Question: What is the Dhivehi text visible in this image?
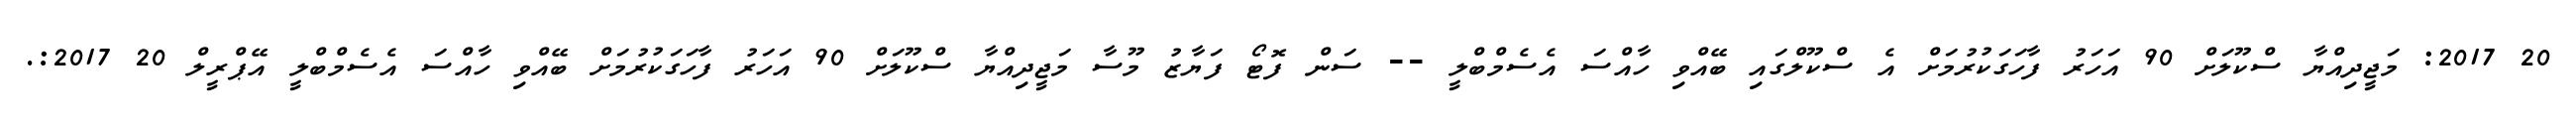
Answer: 20 2017: މަޖީދިއްޔާ ސްކޫލަށް 90 އަހަރު ފާހަގަކުރުމަށް އެ ސްކޫލްގައި ބޭއްވި ހާއްސަ އެސެމްބްލީ -- ސަން ފޮޓޯ ފަޔާޒު މޫސާ މަޖީދިއްޔާ ސްކޫލަށް 90 އަހަރު ފާހަގަކުރުމަށް ބޭއްވި ހާއްސަ އެސެމްބްލީ އޭޕްރީލް 20 2017:.